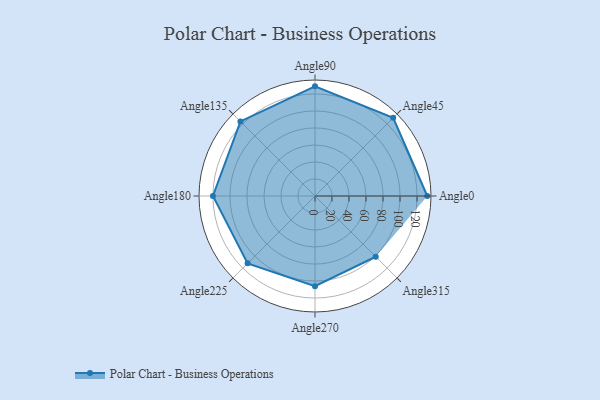
{"axis": {"x": "Angle", "y": "Radius"}, "legend": [""], "data": [{"x": "Angle0", "y": 132.0, "type": ""}, {"x": "Angle45", "y": 130.0, "type": ""}, {"x": "Angle90", "y": 129.0, "type": ""}, {"x": "Angle135", "y": 124.0, "type": ""}, {"x": "Angle180", "y": 120.0, "type": ""}, {"x": "Angle225", "y": 112.0, "type": ""}, {"x": "Angle270", "y": 106.0, "type": ""}, {"x": "Angle315", "y": 101.0, "type": ""}]}